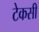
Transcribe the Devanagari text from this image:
टेकसी